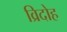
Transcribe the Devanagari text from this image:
व्रिदोह